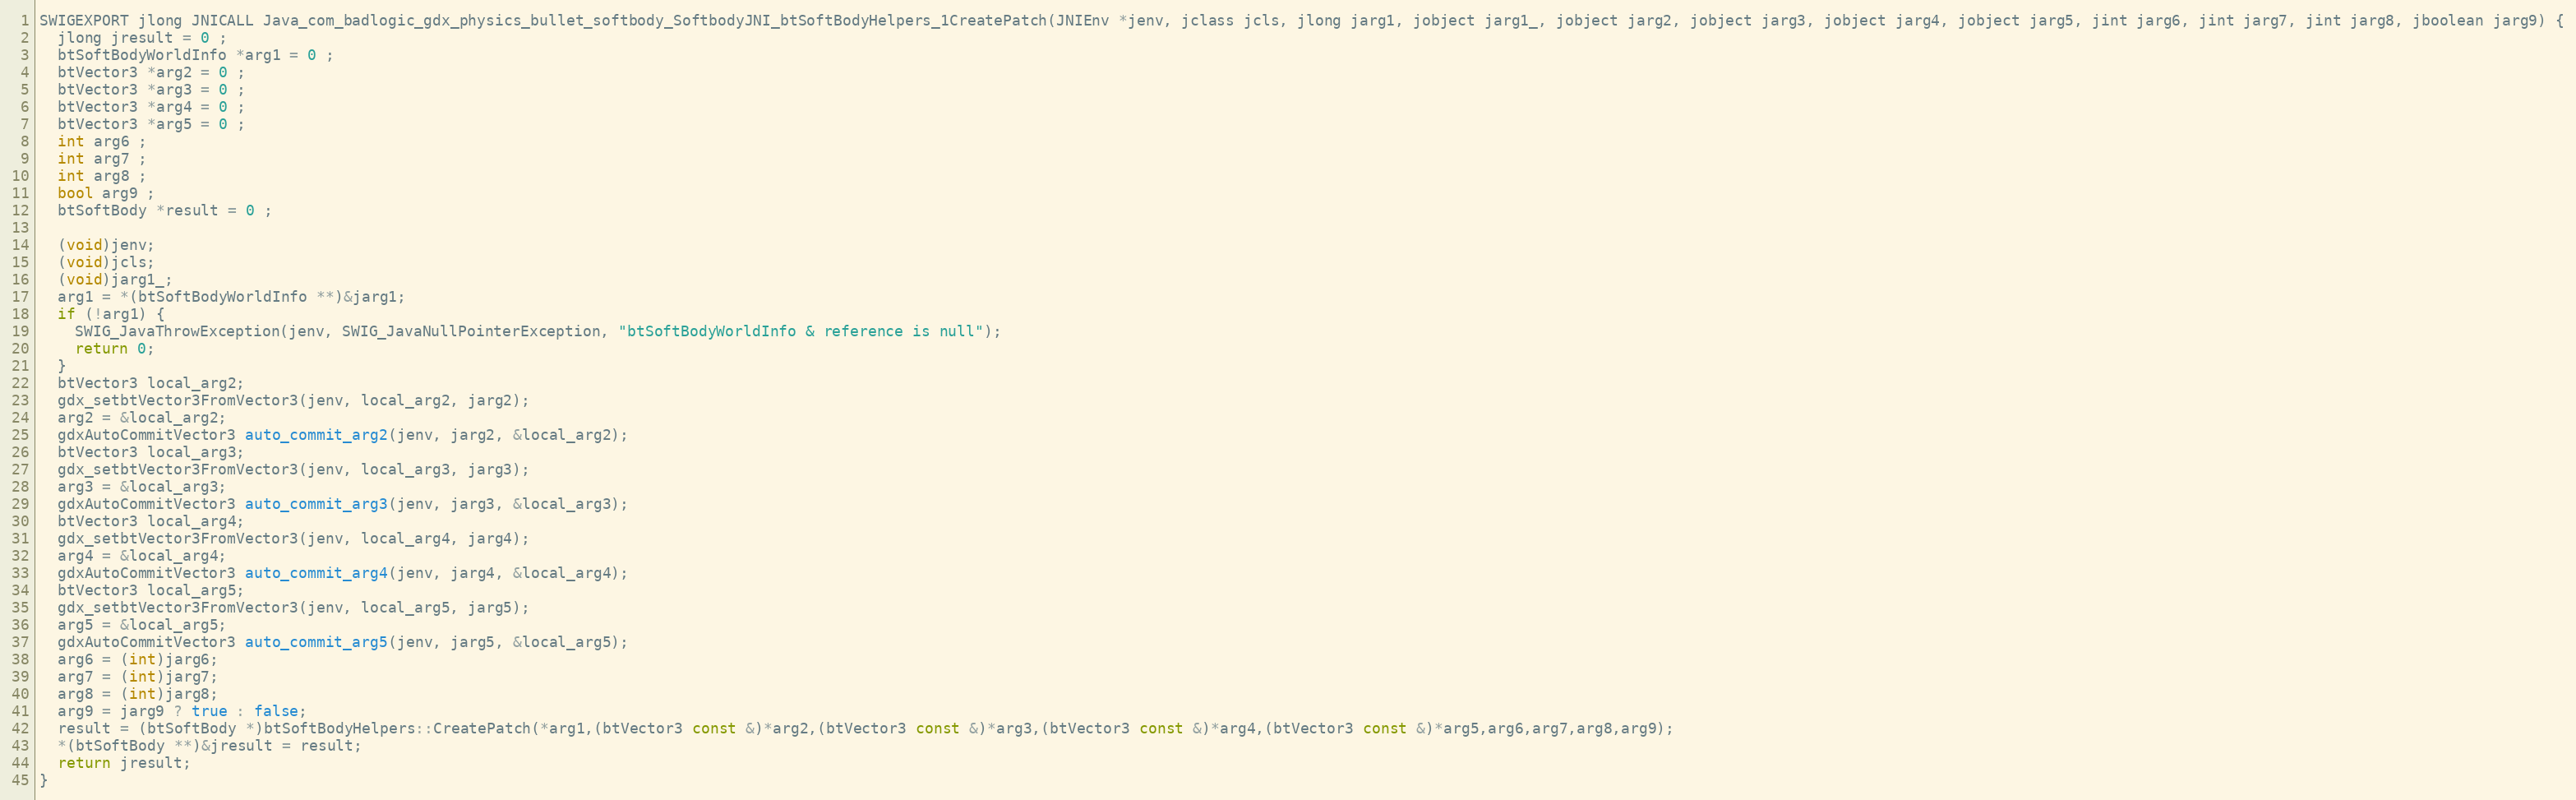
Language: C++
SWIGEXPORT jlong JNICALL Java_com_badlogic_gdx_physics_bullet_softbody_SoftbodyJNI_btSoftBodyHelpers_1CreatePatch(JNIEnv *jenv, jclass jcls, jlong jarg1, jobject jarg1_, jobject jarg2, jobject jarg3, jobject jarg4, jobject jarg5, jint jarg6, jint jarg7, jint jarg8, jboolean jarg9) {
  jlong jresult = 0 ;
  btSoftBodyWorldInfo *arg1 = 0 ;
  btVector3 *arg2 = 0 ;
  btVector3 *arg3 = 0 ;
  btVector3 *arg4 = 0 ;
  btVector3 *arg5 = 0 ;
  int arg6 ;
  int arg7 ;
  int arg8 ;
  bool arg9 ;
  btSoftBody *result = 0 ;

  (void)jenv;
  (void)jcls;
  (void)jarg1_;
  arg1 = *(btSoftBodyWorldInfo **)&jarg1;
  if (!arg1) {
    SWIG_JavaThrowException(jenv, SWIG_JavaNullPointerException, "btSoftBodyWorldInfo & reference is null");
    return 0;
  }
  btVector3 local_arg2;
  gdx_setbtVector3FromVector3(jenv, local_arg2, jarg2);
  arg2 = &local_arg2;
  gdxAutoCommitVector3 auto_commit_arg2(jenv, jarg2, &local_arg2);
  btVector3 local_arg3;
  gdx_setbtVector3FromVector3(jenv, local_arg3, jarg3);
  arg3 = &local_arg3;
  gdxAutoCommitVector3 auto_commit_arg3(jenv, jarg3, &local_arg3);
  btVector3 local_arg4;
  gdx_setbtVector3FromVector3(jenv, local_arg4, jarg4);
  arg4 = &local_arg4;
  gdxAutoCommitVector3 auto_commit_arg4(jenv, jarg4, &local_arg4);
  btVector3 local_arg5;
  gdx_setbtVector3FromVector3(jenv, local_arg5, jarg5);
  arg5 = &local_arg5;
  gdxAutoCommitVector3 auto_commit_arg5(jenv, jarg5, &local_arg5);
  arg6 = (int)jarg6;
  arg7 = (int)jarg7;
  arg8 = (int)jarg8;
  arg9 = jarg9 ? true : false;
  result = (btSoftBody *)btSoftBodyHelpers::CreatePatch(*arg1,(btVector3 const &)*arg2,(btVector3 const &)*arg3,(btVector3 const &)*arg4,(btVector3 const &)*arg5,arg6,arg7,arg8,arg9);
  *(btSoftBody **)&jresult = result;
  return jresult;
}